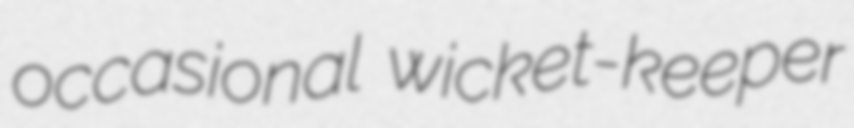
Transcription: occasional wicket-keeper